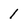
Character: 1